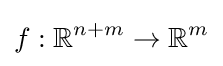
f:\mathbb {R} ^{n+m}\to \mathbb {R} ^{m}